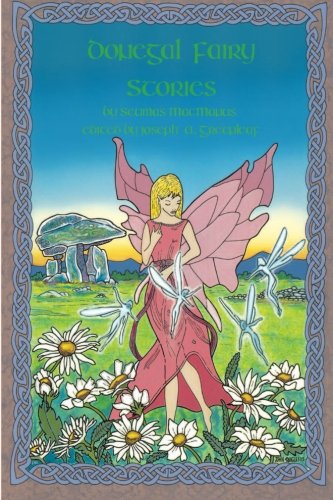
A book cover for Donegal Fairy Stories; Seumas MacManus; Children's Books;